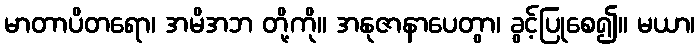
မာတာပိတရော၊ အမိအဘ တို့ကို။ အနုဇာနာပေတွာ၊ ခွင့်ပြုစေ၍။ မယာ၊